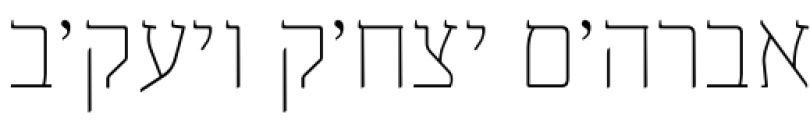
אברה׳ם יצח׳ק ויעק׳ב